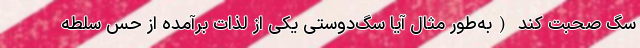
سگ صحبت کند (به‌طور مثال آیا سگ‌دوستی یکی از لذات برآمده از حس سلطه